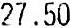
27.50